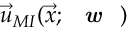
\vec { u } _ { M I } ( \vec { x } ; \textbf { \textit { w } } )